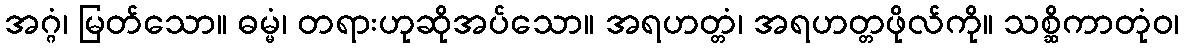
အဂ္ဂံ၊ မြတ်သော။ ဓမ္မံ၊ တရားဟုဆိုအပ်သော။ အရဟတ္တံ၊ အရဟတ္တဖိုလ်ကို။ သစ္ဆိကာတုံဝ၊